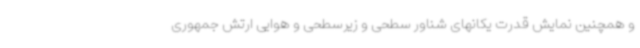
و همچنین نمایش قدرت یکانهای شناور سطحی و زیرسطحی و هوایی ارتش جمهوری